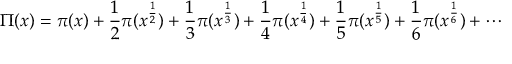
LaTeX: \Pi ( x ) = \pi ( x ) + { \frac { 1 } { 2 } } \pi ( x ^ { \frac { 1 } { 2 } } ) + { \frac { 1 } { 3 } } \pi ( x ^ { \frac { 1 } { 3 } } ) + { \frac { 1 } { 4 } } \pi ( x ^ { \frac { 1 } { 4 } } ) + { \frac { 1 } { 5 } } \pi ( x ^ { \frac { 1 } { 5 } } ) + { \frac { 1 } { 6 } } \pi ( x ^ { \frac { 1 } { 6 } } ) + \cdots